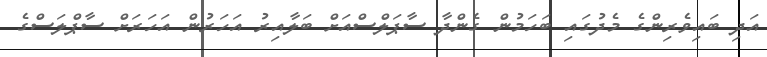
އަދި ބައިވެރިންގެ މެދުގައި ބަހަމުން ގެންދާ ސާޕަލްސްއަށް ބަލާއިރު އަހަރުން އަހަރަށް ސާޕްލަސްގެ